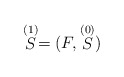
\begin{align*}\stackrel{(1)}{S}=(F,\stackrel{(0)}{S})\end{align*}